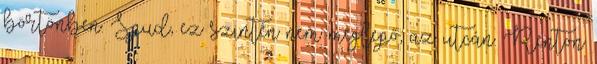
börtönben. Spud, ez szintén nem meglepő, az utcán. Renton